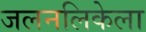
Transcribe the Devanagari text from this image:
जलनलिकेला